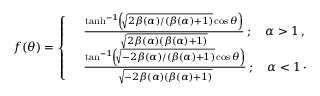
\begin{array} { r } { f ( \theta ) = \left\{ \begin{array} { l l } & { \frac { \operatorname { t a n h } ^ { - 1 } \! \left( \! \sqrt { 2 \beta ( \alpha ) / ( \beta ( \alpha ) + 1 ) } \cos \theta \right) } { \sqrt { 2 \beta ( \alpha ) ( \beta ( \alpha ) + 1 ) } } \, ; \quad \alpha > 1 \, , } \\ & { \frac { \tan ^ { - 1 } \! \left( \! \sqrt { - 2 \beta ( \alpha ) / ( \beta ( \alpha ) + 1 ) } \cos \theta \right) } { \sqrt { - 2 \beta ( \alpha ) ( \beta ( \alpha ) + 1 ) } } \, ; \quad \alpha < 1 \, \cdot } \end{array} \right. } \end{array}